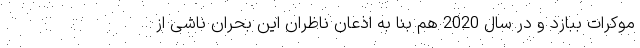
موکرات ببازد و در سال 2020 هم بنا به اذعان ناظران این بحران ناشی از